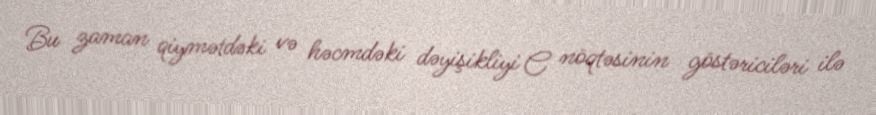
Bu zaman qiymətdəki və həcmdəki dəyişikliyi C nöqtəsinin göstəriciləri ilə